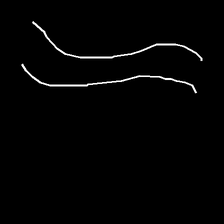
Glyph: float